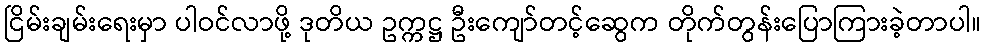
ငြိမ်းချမ်းရေးမှာ ပါဝင်လာဖို့ ဒုတိယ ဥက္ကဋ္ဌ ဦးကျော်တင့်ဆွေက တိုက်တွန်းပြောကြားခဲ့တာပါ။